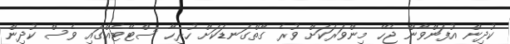
ކުދިން އުފަންވާން ޖެހޭ މިންވަރަކަށް ވުރެ ގާތްގަނޑަކަށް ހުރިހާ ސްޓޭޓެއްގައި ވެސް ކުދިން